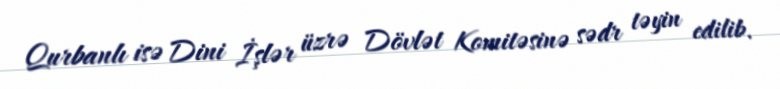
Qurbanlı isə Dini İşlər üzrə Dövlət Komitəsinə sədr təyin edilib.